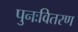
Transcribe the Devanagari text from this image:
पुनःवितरण